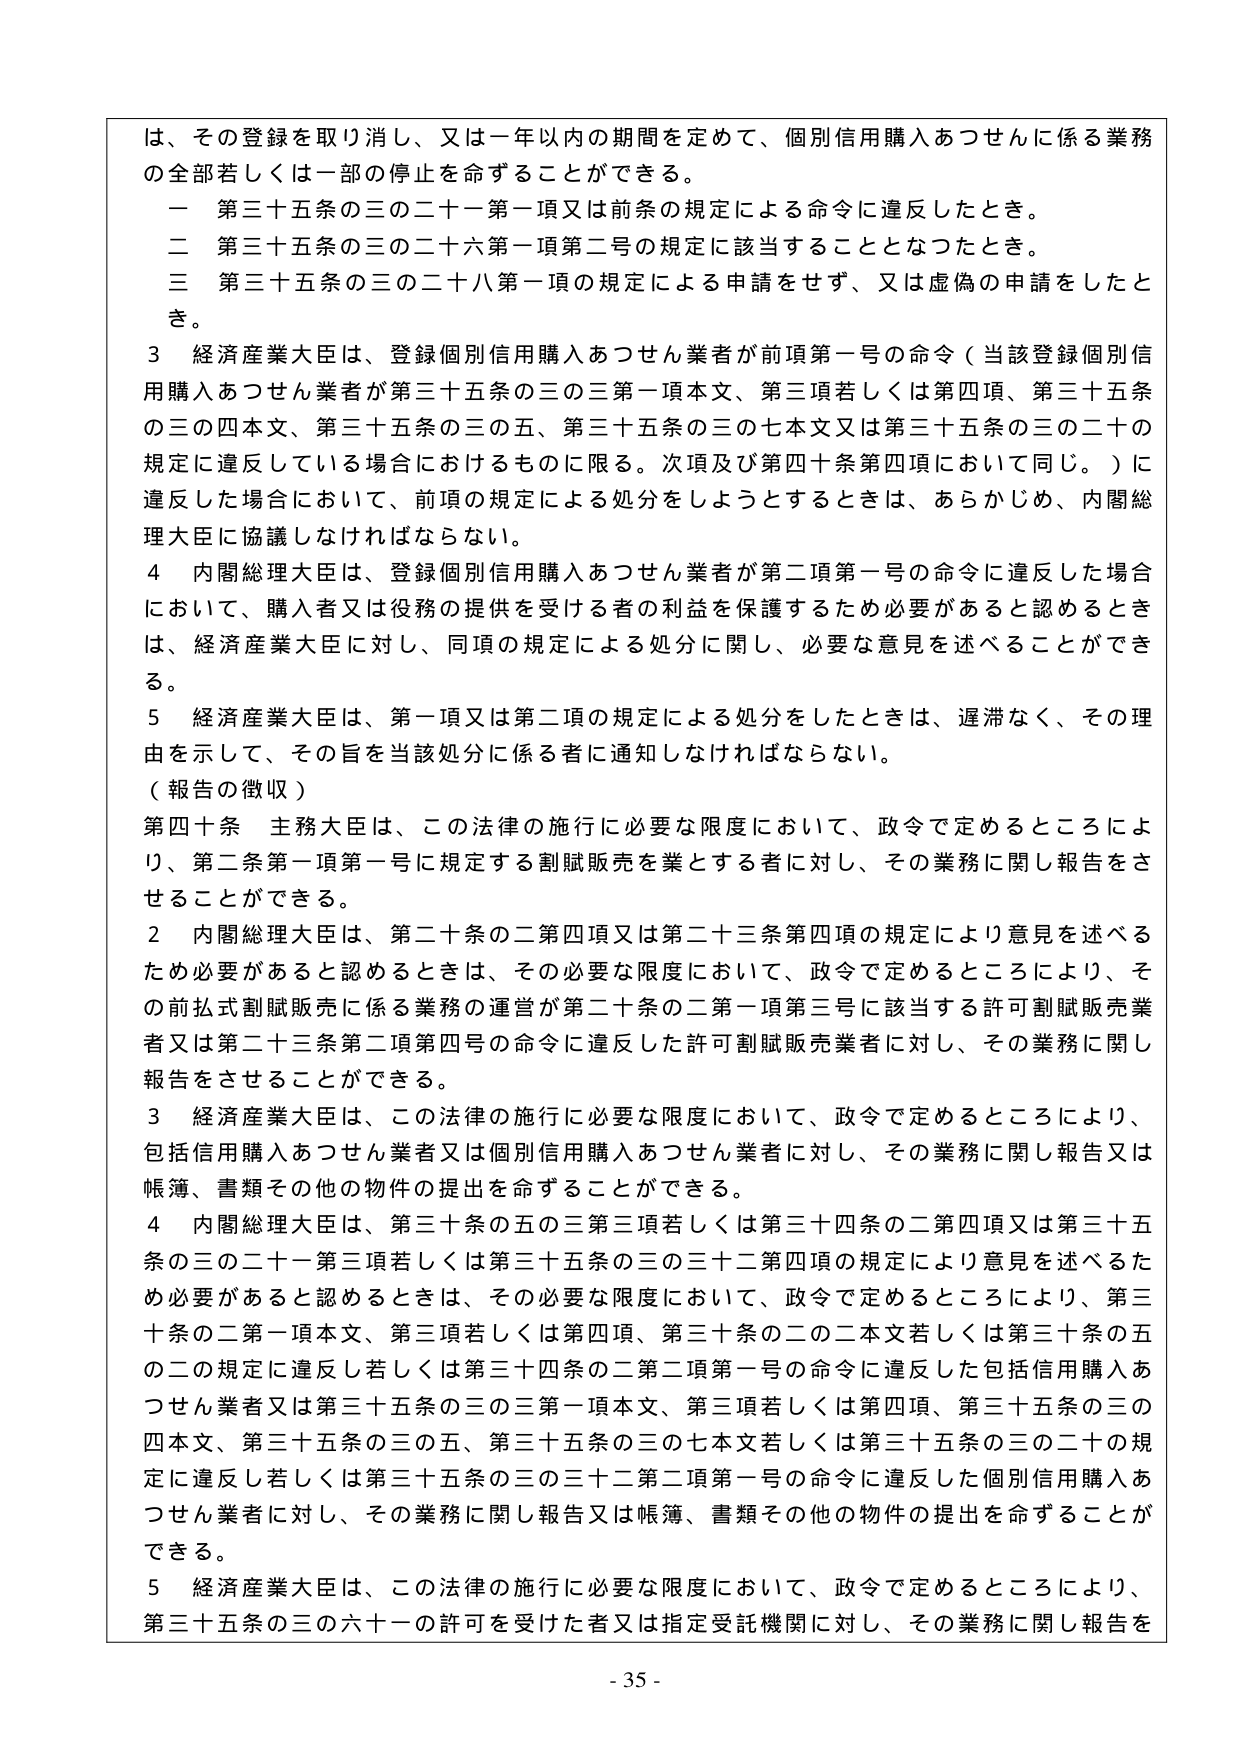
は、その登録を取り消し、又は一年以内の期間を定めて、個別信用購入あつせんに係る業務の全部若しくは一部の停止を命ずることができる。
一 第三十五条の三の二十一第一項又は前条の規定による命令に違反したとき。
二 第三十五条の三の二十六第一項第二号の規定に該当することとなったとき。
三 第三十五条の三の二十八第一項の規定による申請をせず、又は虚偽の申請をしたとき。
3 経済産業大臣は、登録個別信用購入あつせん業者が前項第一号の命令（当該登録個別信用購入あつせん業者が第三十五条の三の三第一項本文、第三項若しくは第四項、第三十五条の三の四本文、第三十五条の三の五、第三十五条の三の七本文又は第三十五条の三の二十の規定に違反している場合におけるものに限る。次項及び第四十条第四項において同じ。）に違反した場合において、前項の規定による処分をしようとするときは、あらかじめ、内閣総理大臣に協議しなければならない。
4 内閣総理大臣は、登録個別信用購入あつせん業者が第二項第一号の命令に違反した場合において、購入者又は役務の提供を受ける者の利益を保護するため必要があると認めるときは、経済産業大臣に対し、同項の規定による処分に関し、必要な意見を述べることができる。
5 経済産業大臣は、第一項又は第二項の規定による処分をしたときは、遅滞なく、その理由を示して、その旨を当該処分に係る者に通知しなければならない。
（報告の徴収）
第四十条 主務大臣は、この法律の施行に必要な限度において、政令で定めるところにより、第二条第一項第一号に規定する割賦販売を業とする者に対し、その業務に関し報告をさせることができる。
2 内閣総理大臣は、第二十条の二第四項又は第二十三条第四項の規定により意見を述べるため必要があると認めるときは、その必要な限度において、政令で定めるところにより、その前払式割賦販売に係る業務の運営が第二十条の二第一項第三号に該当する許可割賦販売業者又は第二十三条第二項第四号の命令に違反した許可割賦販売業者に対し、その業務に関し報告をさせることができる。
3 経済産業大臣は、この法律の施行に必要な限度において、政令で定めるところにより、包括信用購入あつせん業者又は個別信用購入あつせん業者に対し、その業務に関し報告又は帳簿、書類その他の物件の提出を命ずることができる。
4 内閣総理大臣は、第三十条の五の三第三項若しくは第三十四条の二第四項又は第三十五条の三の二十一第三項若しくは第三十五条の三の三十二第四項の規定により意見を述べるため必要があると認めるときは、その必要な限度において、政令で定めるところにより、第三十条の二第一項本文、第三項若しくは第四項、第三十条の二の二本文若しくは第三十条の五の二の規定に違反し若しくは第三十四条の二第二項第一号の命令に違反した包括信用購入あつせん業者又は第三十五条の三の三第一項本文、第三項若しくは第四項、第三十五条の三の四本文、第三十五条の三の五、第三十五条の三の七本文若しくは第三十五条の三の二十の規定に違反し若しくは第三十五条の三の三十二第二項第一号の命令に違反した個別信用購入あつせん業者に対し、その業務に関し報告又は帳簿、書類その他の物件の提出を命ずることができる。
5 経済産業大臣は、この法律の施行に必要な限度において、政令で定めるところにより、第三十五条の三の六十一の許可を受けた者又は指定受託機関に対し、その業務に関し報告を
- 35 -